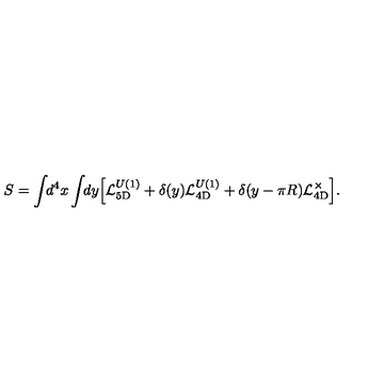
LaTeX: S = \int \! \! d ^ { 4 } x \int \! \! d y \Bigl [ { \cal L } _ { \mathrm { 5 D } } ^ { U ( 1 ) } + \delta ( y ) { \cal L } _ { \mathrm { 4 D } } ^ { U ( 1 ) } + \delta ( y - \pi R ) { \cal L } _ { \mathrm { 4 D } } ^ { \times } \Bigr ] .